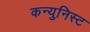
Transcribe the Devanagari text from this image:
कन्युनिस्ट